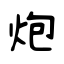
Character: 炮